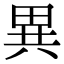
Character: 異